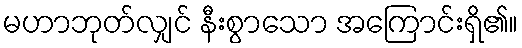
မဟာဘုတ်လျှင် နီးစွာသော အကြောင်းရှိ၏။